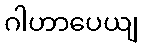
ဂါဟာပေယျ